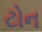
ટોન